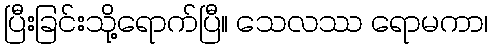
ပြီးခြင်းသို့ရောက်ပြီ။ သေလဿ ရောမကာ၊